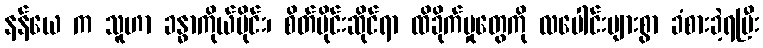
နန်ယေ က သူဟာ ခန္ဓာကိုယ်ပိုင်း၊ စိတ်ပိုင်းဆိုင်ရာ ထိခိုက်မှုတွေကို လပေါင်းများစွာ ခံစားခဲ့ရပြီး